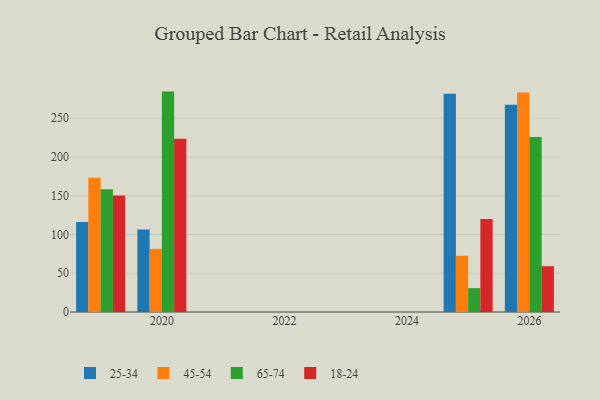
{"axis": {"x": "Year", "y": "Bounce Rate (%)"}, "legend": ["18-24", "25-34", "45-54", "65-74"], "data": [{"x": "2026", "y": 267.3, "type": "25-34"}, {"x": "2026", "y": 283.2, "type": "45-54"}, {"x": "2026", "y": 225.7, "type": "65-74"}, {"x": "2026", "y": 59.0, "type": "18-24"}, {"x": "2019", "y": 116.1, "type": "25-34"}, {"x": "2019", "y": 173.0, "type": "45-54"}, {"x": "2019", "y": 158.4, "type": "65-74"}, {"x": "2019", "y": 150.1, "type": "18-24"}, {"x": "2025", "y": 281.4, "type": "25-34"}, {"x": "2025", "y": 72.5, "type": "45-54"}, {"x": "2025", "y": 30.7, "type": "65-74"}, {"x": "2025", "y": 119.8, "type": "18-24"}, {"x": "2020", "y": 106.3, "type": "25-34"}, {"x": "2020", "y": 81.4, "type": "45-54"}, {"x": "2020", "y": 284.2, "type": "65-74"}, {"x": "2020", "y": 223.5, "type": "18-24"}]}